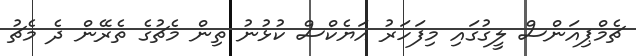
ޗެމްޕިއަންސް ލީގުގައި މިފަހަރު އަޔެކްސް ކުޅުނު ތިން މެޗުގެ ތެރޭން ދެ މެޗު